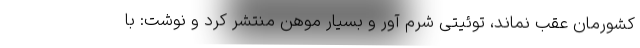
کشورمان عقب نماند، توئیتی شرم آور و بسیار موهن منتشر کرد و نوشت: با